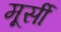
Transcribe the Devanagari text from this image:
मूर्सी